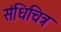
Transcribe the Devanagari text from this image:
संधिचित्र